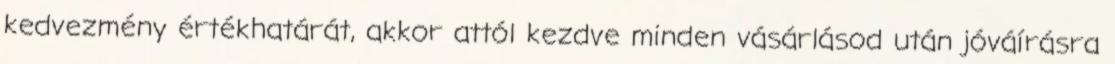
kedvezmény értékhatárát, akkor attól kezdve minden vásárlásod után jóváírásra